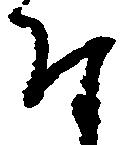
付